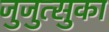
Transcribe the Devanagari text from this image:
जुजुत्सुका